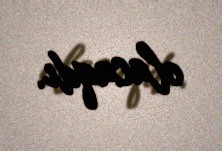
olacaqdı.